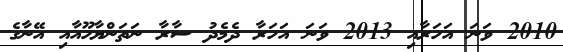
2010 ވަނަ އަހަރާއި 2013 ވަނަ އަހަރާ ދެމެދު ސާރާ ނަތަންޔާހޫއާއި އޭނާގެ